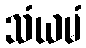
သံယမံ